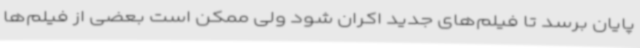
پایان برسد تا فیلم‌های جدید اکران شود ولی ممکن است بعضی از فیلم‌ها